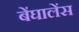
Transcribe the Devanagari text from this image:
बेंघालेंस